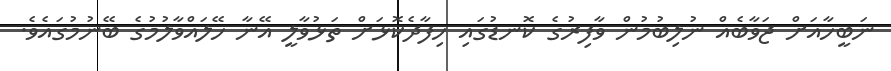
ނަބީހާއަށް ޖަވާބެއް ނުލިބުމުން ވާފިރުގެ ކޮނޑުގައި ހިފާދެކޮޅަށް ތަޅުވާލީ އޭނާ ހޭލައްވާލުމުގެ ބޭނުމުގައެވެ.